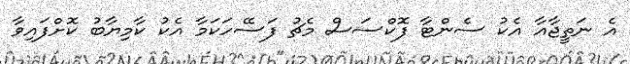
އެ ނަތީޖާއާ އެކު ސެންޓާ ފޮކްސަސް މެޗު ފަސޭހަކަމާ އެކު ކާމިޔާބު ކޮށްފައިވާ